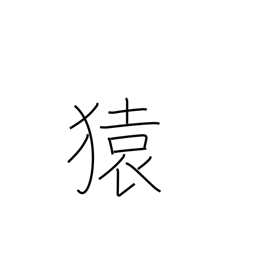
Meaning: monkey